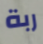
ربة